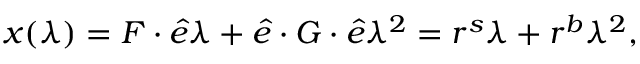
\boldsymbol { x } ( \lambda ) = \boldsymbol { F } \cdot \boldsymbol { \hat { e } } \lambda + \boldsymbol { \hat { e } } \cdot \boldsymbol { G } \cdot \boldsymbol { \hat { e } } \lambda ^ { 2 } = \boldsymbol { r } ^ { s } \lambda + \boldsymbol { r } ^ { b } \lambda ^ { 2 } ,